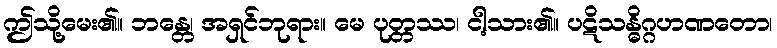
ဤသို့မေး၏။ ဘန္တေ၊ အရှင်ဘုရား။ မေ ပုတ္တဿ၊ ငါ့သား၏။ ပဋိသန္ဓိဂ္ဂဟဏတော၊